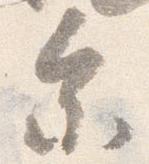
参